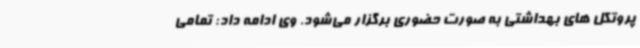
پروتکل های بهداشتی به صورت حضوری برگزار می‌شود. وی ادامه داد: تمامی